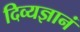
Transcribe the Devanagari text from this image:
दिव्यज्ञानं